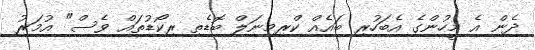
ދެން އެ މީހުންގެ އެބަހުރި ބައެއް ކްރިމިނަލް ބޮޑެތި ރިކޯޑުތައް ވެސް" އުމަރު